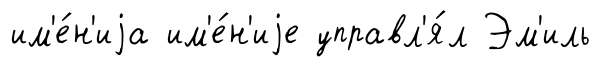
им'е́н'иjа им'е́н'иjе управл'я́л Эм'иль